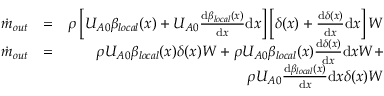
\begin{array} { r l r } { \dot { m } _ { o u t } } & { = } & { \rho \left[ U _ { A 0 } \beta _ { l o c a l } ( x ) + U _ { A 0 } \frac { \mathrm { d } \beta _ { l o c a l } ( x ) } { \mathrm { d } x } \mathrm { d } x \right] \left[ \delta ( x ) + \frac { \mathrm { d } \delta ( x ) } { \mathrm { d } x } \mathrm { d } x \right] W } \\ { \dot { m } _ { o u t } } & { = } & { \rho U _ { A 0 } \beta _ { l o c a l } ( x ) \delta ( x ) W + \rho U _ { A 0 } \beta _ { l o c a l } ( x ) \frac { \mathrm { d } \delta ( x ) } { \mathrm { d } x } \mathrm { d } x W + } \\ & { } & { \rho U _ { A 0 } \frac { \mathrm { d } \beta _ { l o c a l } ( x ) } { \mathrm { d } x } \mathrm { d } x \delta ( x ) W } \end{array}